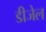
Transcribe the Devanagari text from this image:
डीजेल